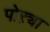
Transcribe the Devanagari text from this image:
पोऱ्या